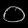
Digit: ၀